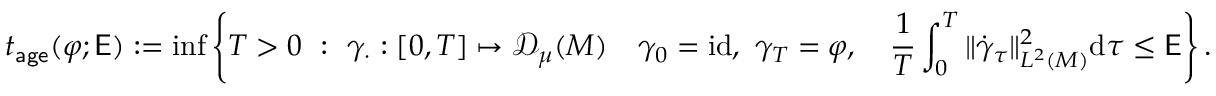
t _ { \mathsf { a g e } } ( \varphi ; \mathsf { E } ) : = \operatorname* { i n f } \left\{ T > 0 \ : \ \gamma _ { \cdot } : [ 0 , T ] \mapsto { \mathscr { D } _ { \mu } ( M ) } \quad \gamma _ { 0 } = \mathrm { i d } , \ \gamma _ { T } = \varphi , \quad \frac { 1 } { T } \int _ { 0 } ^ { T } \| \dot { \gamma } _ { \tau } \| _ { L ^ { 2 } ( M ) } ^ { 2 } \mathrm { d } \tau \leq \mathsf { E } \right\} .